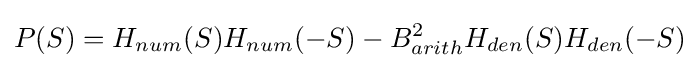
P(S)=H_{num}(S)H_{num}(-S)-B_{arith}^{2}H_{den}(S)H_{den}(-S)